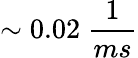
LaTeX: \sim 0.02\ \frac{1}{ms}